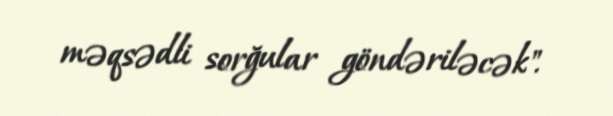
məqsədli sorğular göndəriləcək".